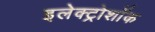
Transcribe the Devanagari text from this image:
इलेक्ट्रोशॉक